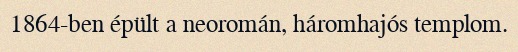
1864-ben épült a neoromán, háromhajós templom.